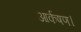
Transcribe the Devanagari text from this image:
आर्कषण।